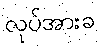
လုပ်အားခ